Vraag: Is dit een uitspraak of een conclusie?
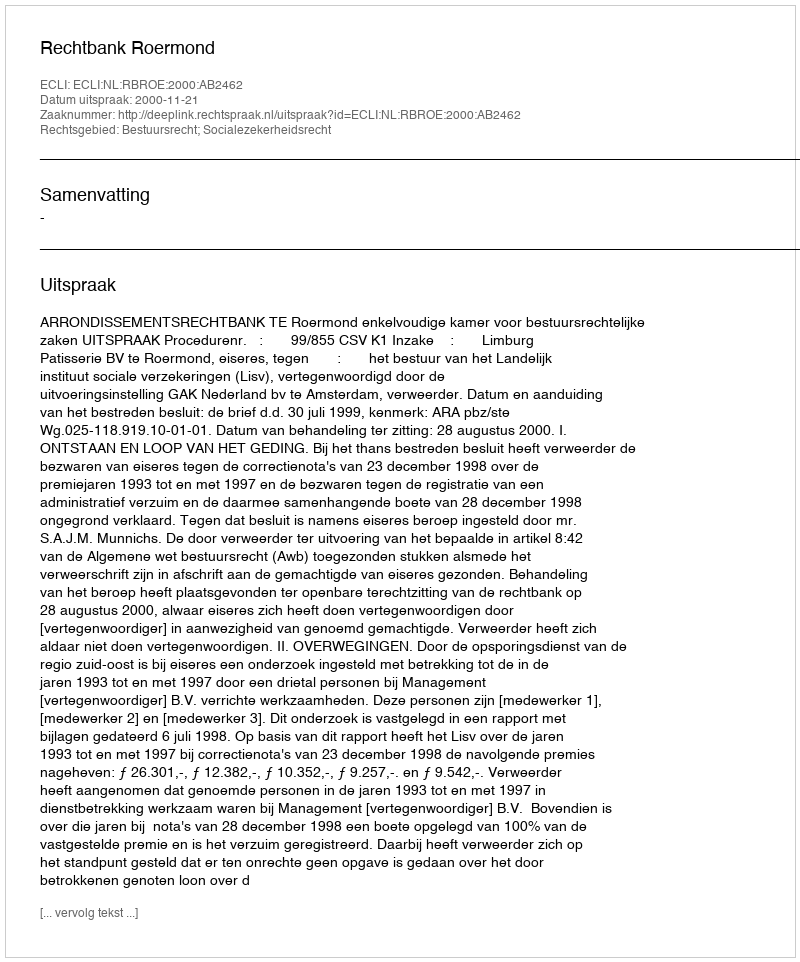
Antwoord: Uitspraak